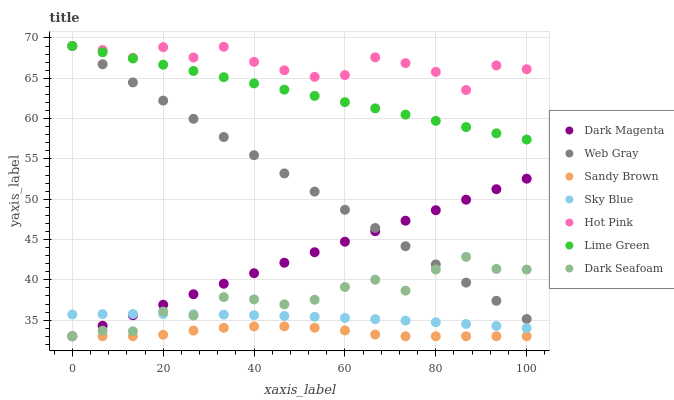
| xaxis_label | Dark Magenta | Web Gray | Sandy Brown | Sky Blue | Hot Pink | Lime Green | Dark Seafoam |
 | --- | --- | --- | --- | --- | --- | --- | --- |
 | 0 | 33 | 69 | 33 | 35.7 | 69 | 69 | 33 |
 | 6.67 | 34.3 | 66.7 | 33 | 35.7 | 68.5 | 68.2 | 33.7 |
 | 13.3 | 35.6 | 64.5 | 33 | 35.8 | 67.5 | 67.5 | 33.6 |
 | 20 | 36.9 | 62.2 | 33.2 | 35.8 | 68.9 | 66.7 | 36.1 |
 | 26.7 | 38.2 | 60 | 33.7 | 35.7 | 67.6 | 65.9 | 35.6 |
 | 33.3 | 39.5 | 57.7 | 34 | 35.7 | 68.9 | 65.1 | 37.9 |
 | 40 | 40.8 | 55.5 | 34.2 | 35.6 | 67 | 64.4 | 37.6 |
 | 46.7 | 42.1 | 53.2 | 34.2 | 35.5 | 66 | 63.6 | 37 |
 | 53.3 | 43.4 | 50.9 | 34.1 | 35.4 | 65.2 | 62.8 | 37.5 |
 | 60 | 44.7 | 48.7 | 33.7 | 35.3 | 65.4 | 62 | 39.1 |
 | 66.7 | 46 | 46.4 | 33.2 | 35.1 | 67.6 | 61.3 | 40 |
 | 73.3 | 47.3 | 44.2 | 33 | 34.9 | 66.9 | 60.5 | 38.7 |
 | 80 | 48.6 | 41.9 | 33 | 34.7 | 65.8 | 59.7 | 41.3 |
 | 86.7 | 49.9 | 39.7 | 33 | 34.5 | 63.5 | 58.9 | 42.8 |
 | 93.3 | 51.2 | 37.4 | 33 | 34.3 | 66.6 | 58.2 | 41.4 |
 | 100 | 52.5 | 35.1 | 33 | 34 | 66.1 | 57.4 | 41.3 |